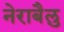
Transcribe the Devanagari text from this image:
नेराबैलु